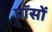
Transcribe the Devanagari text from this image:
पॉसों